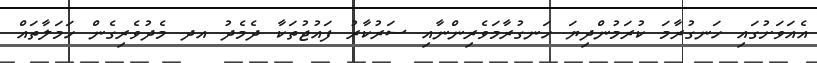
އެއަވަށުގައި ހަނގުރާމަ ކުރަމުންދިޔަ ހަނގުރާމަވެރިންނާއި ސަރުކާރު ފައުޖުތަކާ ދެމެދު އދ މެދުވެރިގެން ހަމަލާތައް